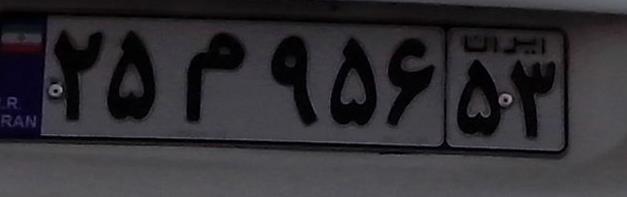
۲۵م۹۵۶۵۳